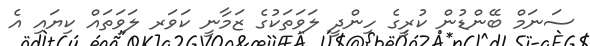
ސަނަމް ބޭންޑުން ކުރީގެ ހިންދީ ލަވަތަކުގެ ޒަމާނީ ކަވަރ ލަވަތައް ކިޔައި އެ